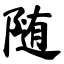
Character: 随